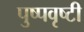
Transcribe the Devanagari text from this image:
पुष्पवृष्टी